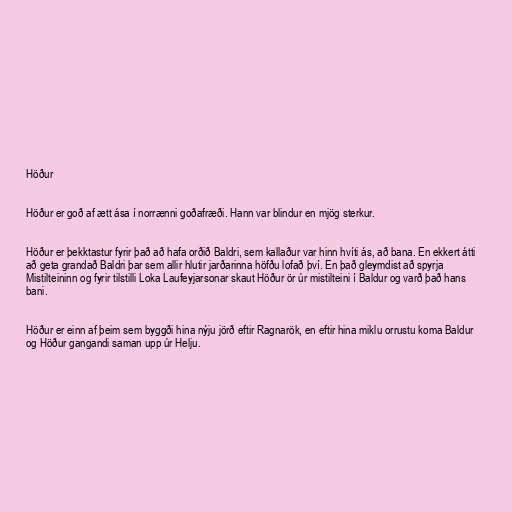
Höður

Höður er goð af ætt ása í norrænni goðafræði. Hann var blindur en mjög sterkur.

Höður er þekktastur fyrir það að hafa orðið Baldri, sem kallaður var hinn hvíti ás, að bana. En ekkert átti
að geta grandað Baldri þar sem allir hlutir jarðarinna höfðu lofað því. En það gleymdist að spyrja
Mistilteininn og fyrir tilstilli Loka Laufeyjarsonar skaut Höður ör úr mistilteini í Baldur og varð það hans
bani.

Höður er einn af þeim sem byggði hina nýju jörð eftir Ragnarök, en eftir hina miklu orrustu koma Baldur
og Höður gangandi saman upp úr Helju.